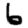
Digit: 6